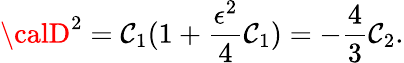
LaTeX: {\calD}^{2}=\mathcal{C}_{1}(1+\frac{{\epsilon^{2}}}{{4}}\mathcal{C}_{1})=-\frac{{4}}{{3}}\mathcal{C}_{2}.